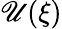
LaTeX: \mathscr{U}(\xi)